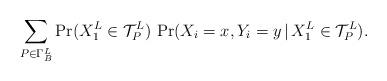
LaTeX: \begin{align*}\sum_{P \in \Gamma_{B}^{L}} \mathrm{Pr}(X_1^L \in \mathcal{T}_{P}^{L}) \ \mathrm{Pr}(X_i = x , Y_i = y \, | \, X_1^L \in \mathcal{T}_{P}^{L}) .\end{align*}